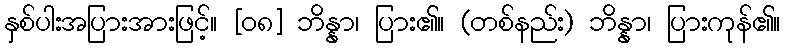
နှစ်ပါးအပြားအားဖြင့်။ [၀၈] ဘိန္နာ၊ ပြား၏။ (တစ်နည်း) ဘိန္နာ၊ ပြားကုန်၏။